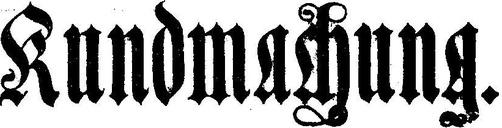
Kundmachung.